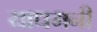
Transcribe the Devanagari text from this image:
याधमनी